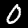
Label: 0